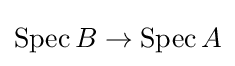
\operatorname {Spec} B\to \operatorname {Spec} A